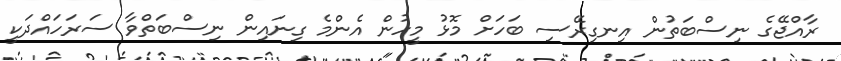
ރާއްޖޭގެ ނިސްބަތުން އިނގިރޭސި ބަހަށް މޮޅު މީހުން އެންމެ ގިނައިން ނިސްބަތްވާ ސަރަހައްދަކީ